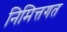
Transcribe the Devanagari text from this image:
निमित्तगत